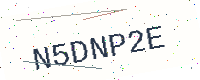
Text: N5DNP2E